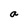
Character: a